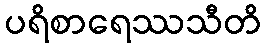
ပရိစာရေဿသီတိ